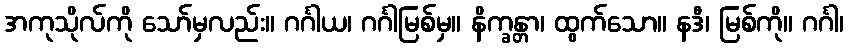
အကုသိုလ်ကို သော်မှလည်း။ ဂင်္ဂါယ၊ ဂင်္ဂါမြစ်မှ။ နိက္ခန္တာ၊ ထွက်သော။ နဒီ၊ မြစ်ကို။ ဂင်္ဂါ၊